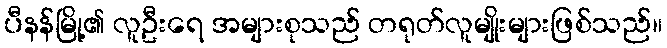
ပီနန်မြို့၏ လူဦးရေ အများစုသည် တရုတ်လူမျိုးများဖြစ်သည်။